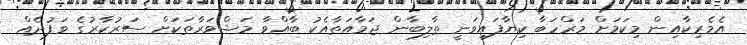
އެމެރިކާއިން މިކަމަށް މަރްހަބާ ކިޔާފައިވަނީ ތާލިބާން ޖަމާއަތާއެކު ބާއްވާ މަޝްވަރާތަކަށް ސަރުކާރުގެ ވަފުދެއް